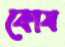
কোষ